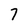
Character: 7